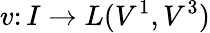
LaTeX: v\colon I\to L(V^{1},V^{3})